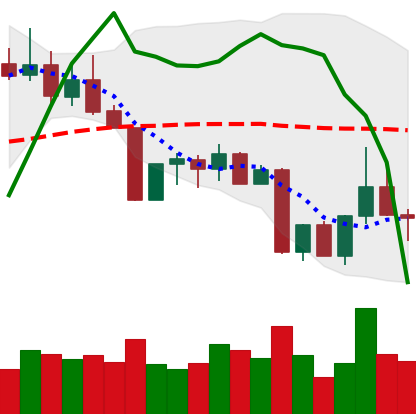
Ticker: TRX-USD
Chart end date: 2022-09-01
Forward return: -3.929%
Label: down_3_5